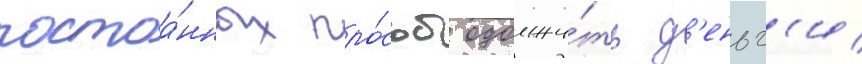
постоа́нных про́сьб одолжи́ть д'еньг'и